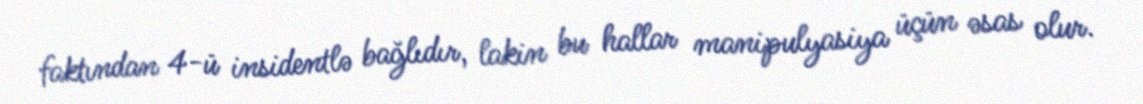
faktından 4-ü insidentlə bağlıdır, lakin bu hallar manipulyasiya üçün əsas olur.